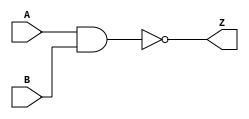
module NAND2 (A, B, Z);
output Z;
input A,  B;

assign #(1,2) Z=!(A&B);
endmodule


module NAND3 (A, B, C, Z);
output Z;
input A, B, C;

 assign #(1,3) Z=!(A&B&C);
endmodule

module NAND4 (A, B, C, D, Z);
output Z;
input A, B, C, D;

 assign #(1,4) Z=!(A&B&C&D);
endmodule


module AND2 (A, B, Z);
output Z;
input A,  B;

assign #(1,2) Z=(A&B);
endmodule


module AND3 (A, B, C, Z);
output Z;
input A, B, C;

 assign #(1,3) Z=(A&B&C);
endmodule

module AND4 (A, B, C, D, Z);
output Z;
input A, B, C, D;

 assign #(1,4) Z=(A&B&C&D);
endmodule


module NOR2 (A, B, Z);
output Z;
input A, B;

 assign #(2,1) Z=!(A|B);
endmodule


module NOR3 (A, B, C, Z);
output Z;
input A, B, C;

 assign #(3,1) Z=!(A|B|C);
endmodule

module NOR4 (A, B, C, D, Z);
output Z;
input A, B, C, D;

 assign #(4,1) Z=!(A|B|C|D);
endmodule

module OR2 (A, B, Z);
output Z;
input A, B;

 assign #(2,1) Z=(A|B);
endmodule


module OR3 (A, B, C, Z);
output Z;
input A, B, C;

 assign #(3,1) Z=(A|B|C);
endmodule

module OR4 (A, B, C, D, Z);
output Z;
input A, B, C, D;

 assign #(4,1) Z=(A|B|C|D);
endmodule

module INV (A, Z);
output Z;
input A;

 assign #(1,1) Z=!A;
endmodule


module XOR (A, B, Z);
output Z;
input A, B;

 assign #(3,3) Z=(A^B);
endmodule

module XNOR (A, B, Z);
output Z;
input A, B;

 assign #(3,3) Z=(A~^B);
endmodule

module AOI21 (A1, A2, B, Z);
output Z;
input A1, A2, B;

 assign #(2,2) Z=!((A1&A2)|B);
endmodule

module AOI22 (A1, A2, B1,B2, Z);
output Z;
input A1, A2, B1,B2;

 assign #(2,2) Z=!((A1&A2)|(B1&B2));
endmodule

module AOI222 (A1, A2, B1,B2, C1,C2, Z);
output Z;
input A1, A2, B1,B2, C1,C2;

 assign #(2,2) Z=!((A1&A2)|(B1&B2)|(C1&C2));
endmodule

module OAI21 (A1, A2, B, Z);
output Z;
input A1, A2, B;

 assign #(2,2) Z=!((A1|A2)&B);
endmodule

module OAI22 (A1, A2, B1,B2, Z);
output Z;
input A1, A2, B1,B2;

 assign #(2,2) Z=!((A1|A2)&(B1|B2));
endmodule

module OAI222 (A1, A2, B1,B2, C1,C2, Z);
output Z;
input A1, A2, B1,B2, C1,C2;

 assign #(2,2) Z=!((A1|A2)&(B1|B2)&(C1|C2));
endmodule


module FFD (D, CK, Q);
output Q;
input D, CK;
reg Q;

always @(posedge CK)
begin
	Q<= #3 D;
end
endmodule


module FFDPC (D, CK, PRE, CLR, Q);
output Q;
input D,PRE,CLR, CK;
reg Q;

always @(posedge CK or posedge PRE or posedge CLR)
begin
	if (PRE)
		Q<= #2 1;
	else if (CLR)
		Q<= #2 0;
	else Q<= #3 D;
end
endmodule

module HI (HI);
output HI;
and h1 (HI,1);
endmodule

module LO (LO);
output LO;
and h1 (LO,0);
endmodule

module MUX21 (D0,D1,S,Z);
output Z;
input D0,D1,S;
assign Z=D1&S|D0&!S;
endmodule

module MUX41 (D0,D1,D2,D3,S0,S1,Z);
output Z;
input D0,D1,D2,D3,S0,S1;
//    pick up each state of decoded selects
assign Z=D0&!S0&!S1 | D1&!S1&S0 | D2&S1&!S0 | D3&S0&S1;
endmodule